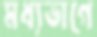
মধ্যভাগে